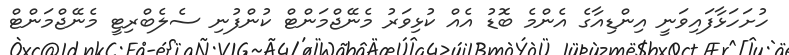
ހުށަހަޅާފައިވަނީ އިންޑިއާގެ އެންމެ ބޮޑު އެއް ކުޅިވަރު މެނޭޖްމަންޓް ކުންފުނި ސެލެބްރިޓީ މެނޭޖްމަންޓް